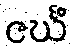
ဇင်္ဃံ